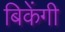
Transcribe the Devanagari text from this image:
बिकेंगी